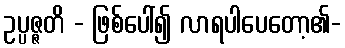
ဥပ္ပဇ္ဇတိ - ဖြစ်ပေါ်၍ လာရပါပေတော့၏-